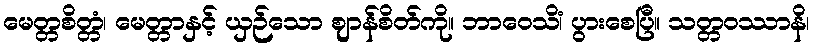
မေတ္တစိတ္တံ၊ မေတ္တာနှင့် ယှဉ်သော ဈာန်စိတ်ကို။ ဘာဝေသိံ၊ ပွားစေပြီ။ သတ္တဝဿာနိ၊